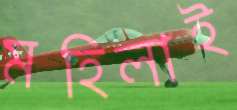
মহিলাই